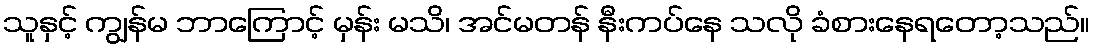
သူနှင့် ကျွန်မ ဘာကြောင့် မှန်း မသိ၊ အင်မတန် နီးကပ်နေ သလို ခံစားနေရတော့သည်။